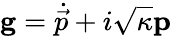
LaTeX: \mathbf{g}=\dot{\vec{p}}+i\sqrt{\kappa}\mathbf{p}